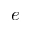
e